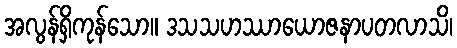
အလွန်ရှိကုန်သော။ ဒသသဟဿာယောဇနာပတလာသိ၊